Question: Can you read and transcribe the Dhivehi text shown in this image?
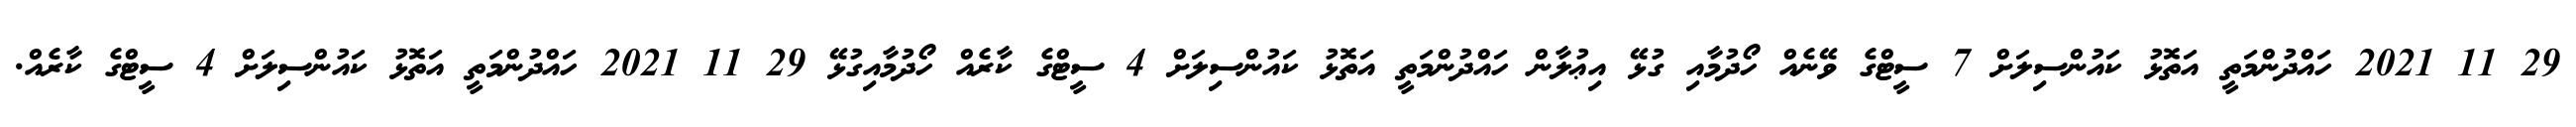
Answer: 29 11 2021 ހައްދުންމަތީ އަތޮޅު ކައުންސިލަށް 7 ސީޓްގެ ވޭނެއް ހޯދުމާއި ގުޅޭ އިޢުލާން ހައްދުންމަތީ އަތޮޅު ކައުންސިލަށް 4 ސީޓްގެ ކާރެއް ހޯދުމާއިގުޅޭ 29 11 2021 ހައްދުންމަތީ އަތޮޅު ކައުންސިލަށް 4 ސީޓްގެ ކާރެއް.